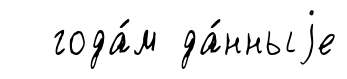
года́м да́нныjе